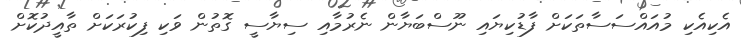
އެކިއެކި މުއައްސަސާތަކަށް ފާޑުކިޔައި ނޫސްބަޔާން ނެރުމާއި ސިޔާސީ ގޮތުން ވަކި ފިކުރަކަށް ތާއީދުކޮށް